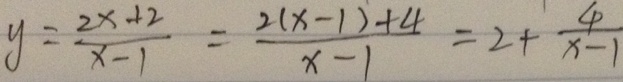
y = \frac { 2 x + 2 } { x - 1 } = \frac { 2 ( x - 1 ) + 4 } { x - 1 } = 2 + \frac { 4 } { x - 1 }